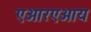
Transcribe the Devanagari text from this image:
एआरएआय